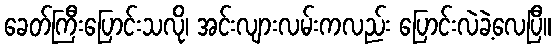
ခေတ်ကြီးပြောင်းသလို၊ အင်းလျားလမ်းကလည်း ပြောင်းလဲခဲ့လေပြီ။